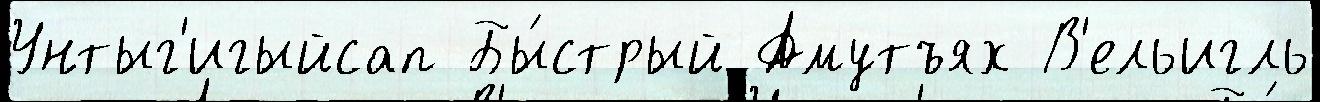
Унтыг'игыйсап Бы́стрый Амутъях В'ельигль